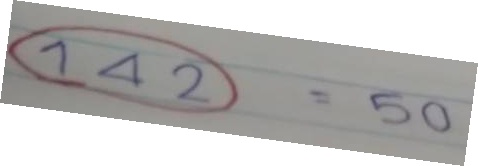
(142) = 50